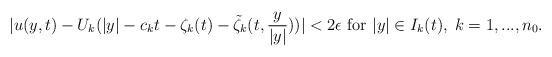
LaTeX: \begin{align*}|u(y,t)-U_k(|y|-c_kt-\zeta_k(t)-\tilde\zeta_k(t, \frac{y}{|y|}))|<2\epsilon \mbox{ for }|y|\in I_k(t),\; k=1,..., n_0.\end{align*}